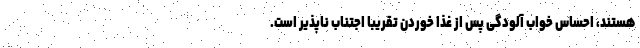
هستند، احساس خواب آلودگی پس از غذا خوردن تقریبا اجتناب ناپذیر است.